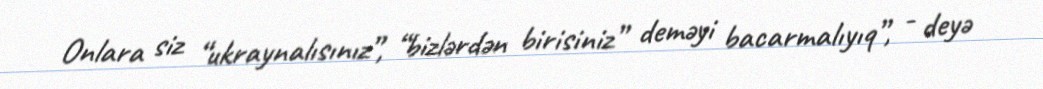
Onlara siz “ukraynalısınız”, “bizlərdən birisiniz” deməyi bacarmalıyıq”, - deyə